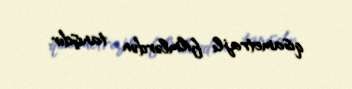
qısametrajlı filmlərdən tanışdır.